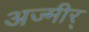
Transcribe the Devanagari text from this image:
अज्मीर्